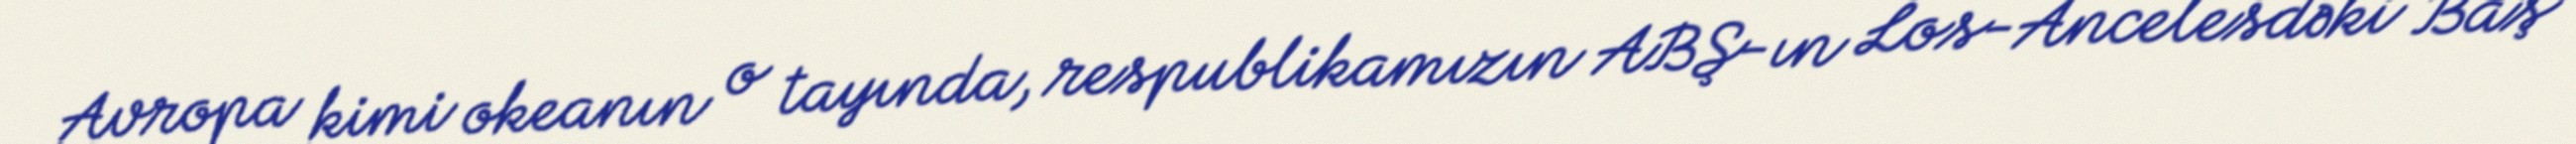
Avropa kimi okeanın o tayında, respublikamızın ABŞ-ın Los-Ancelesdəki Baş